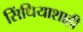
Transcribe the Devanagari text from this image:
सिंधियाशाही